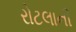
રોટલાની